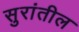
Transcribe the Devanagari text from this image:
सुरांतील